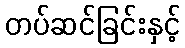
တပ်ဆင်ခြင်းနှင့်